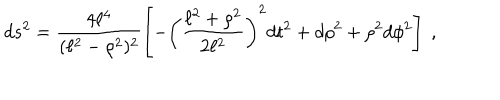
LaTeX: d s ^ { 2 } = \frac { 4 \ell ^ { 4 } } { ( \ell ^ { 2 } - \rho ^ { 2 } ) ^ { 2 } } \left[ - \left( \frac { \ell ^ { 2 } + \rho ^ { 2 } } { 2 \ell ^ { 2 } } \right) ^ { 2 } d t ^ { 2 } + d \rho ^ { 2 } + \rho ^ { 2 } d \phi ^ { 2 } \right] \ ,